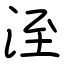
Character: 洷